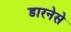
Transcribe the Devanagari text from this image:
डारनेसे